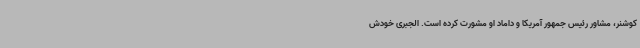
کوشنر، مشاور رئیس جمهور آمریکا و داماد او مشورت کرده است. الجبری خودش